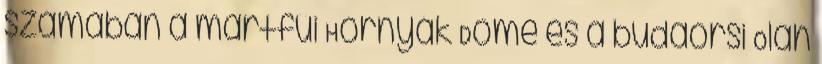
számában a martfűi Hornyák Döme és a budaörsi Oláh